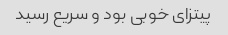
پیتزای خوبی بود و سریع رسید